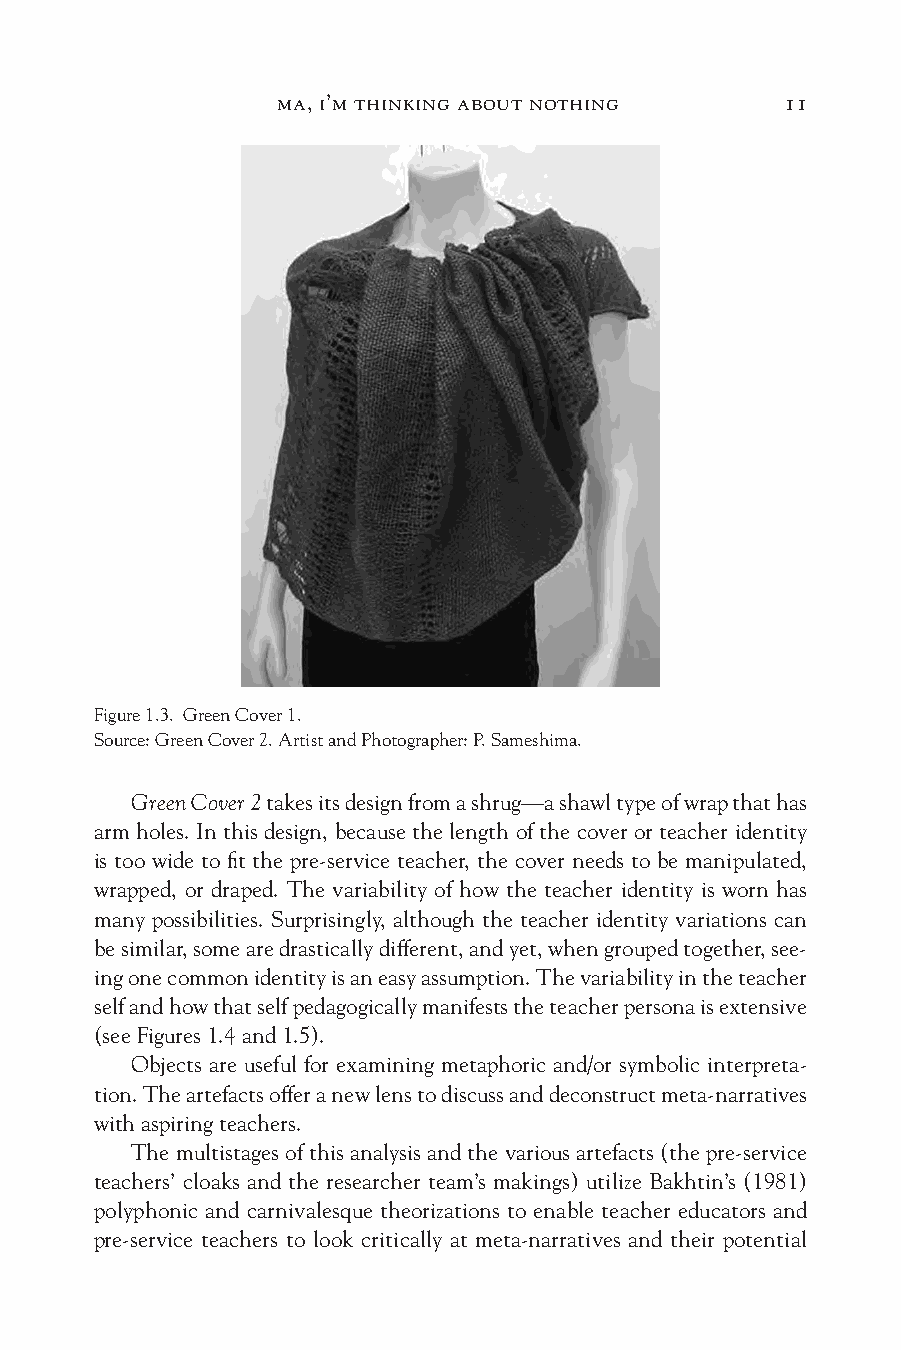
ma, i’m thinking about nothing    11
 Figure 1.3. Green Cover 1.
 Source: Green Cover 2. Artist and Photographer: P. Sameshima.
 Green Cover 2 takes its design from a shrug—a shawl type of wrap that has
 arm holes. In this design, because the length of the cover or teacher identity
 is too wide to fit the pre-service teacher, the cover needs to be manipulated,
 wrapped, or draped. The variability of how the teacher identity is worn has
 many possibilities. Surprisingly, although the teacher identity variations can
 be similar, some are drastically different, and yet, when grouped together, see-
 ing one common identity is an easy assumption. The variability in the teacher
 self and how that self pedagogically manifests the teacher persona is extensive
 (see Figures 1.4 and 1.5).
 Objects are useful for examining metaphoric and/or symbolic interpreta-
 tion. The artefacts offer a new lens to discuss and deconstruct meta-narratives
 with aspiring teachers.
 The multistages of this analysis and the various artefacts (the pre-service
 teachers’ cloaks and the researcher team’s makings) utilize Bakhtin’s (1981)
 polyphonic and carnivalesque theorizations to enable teacher educators and
 pre-service teachers to look critically at meta-narratives and their potential